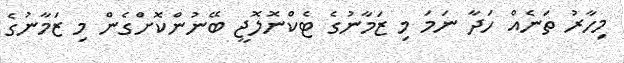
މިހާރު ތަނެއް ހަދާ ނަމަ މި ޒަމާނުގެ ޓެކްނޮލޮޖީ ބޭނުންކޮށްގެން މި ޒަމާނުގެ